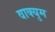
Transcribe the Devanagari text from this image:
वाक्युम